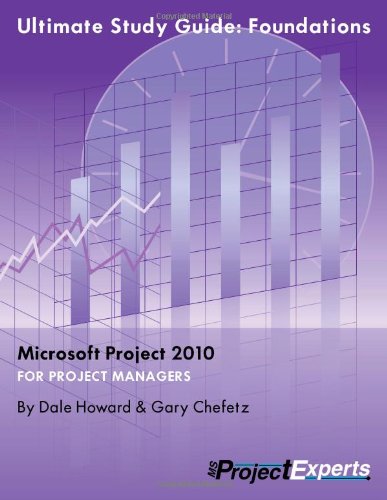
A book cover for Ultimate Study Guide: Foundations Microsoft Project 2010 (Exam 70-178); Dale A. Howard; Computers & Technology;